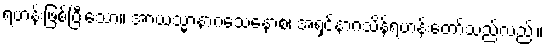
ရဟန်းဖြစ်ပြီးသော။ အာယသ္မာနာဂသေနောစ၊ အရှင်နာဂသိန်ရဟန်းတော်သည်လည်း။